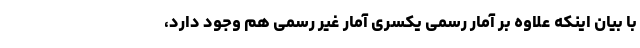
با بیان اینکه علاوه بر آمار رسمی یکسری آمار غیر رسمی هم وجود دارد،